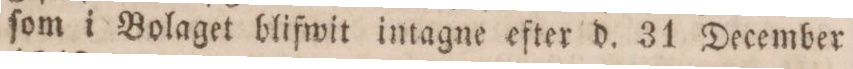
ſom i Bolaget blifwit intagne efter d. 31 December